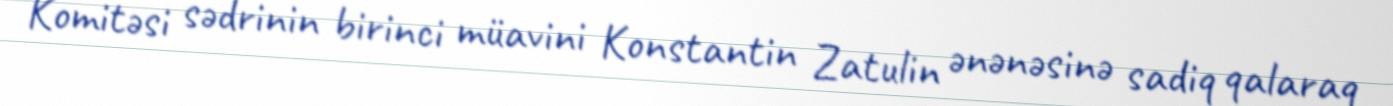
Komitəsi sədrinin birinci müavini Konstantin Zatulin ənənəsinə sadiq qalaraq